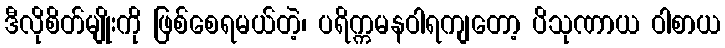
ဒီလိုစိတ်မျိုးကို ဖြစ်စေရမယ်တဲ့၊ ပရိက္ကမနဝါရကျတော့ ပိသုဏာယ ဝါစာယ